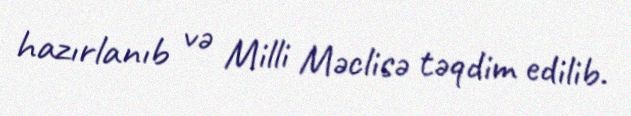
hazırlanıb və Milli Məclisə təqdim edilib.